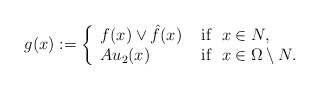
\begin{align*}g(x):=\left\{\begin{array}{ll}f(x) \vee \hat{f}(x) &\mbox{ if } \ x\in N,\\Au_2(x)&\mbox{ if } \ x\in \Omega\setminus N.\end{array}\right.\end{align*}